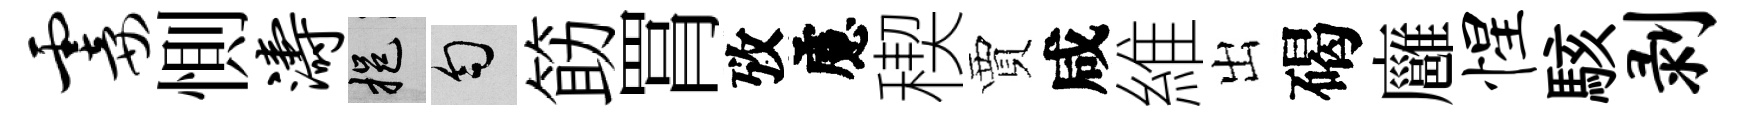
霎惻涛挹匀筯罥攷慮稧賈咸維出碣廱惺駭剥